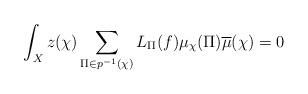
LaTeX: \begin{align*}\displaystyle \int_X z(\chi)\sum_{\Pi\in p^{-1}(\chi)} L_\Pi(f) \mu_\chi(\Pi) \overline{\mu}(\chi)=0\end{align*}